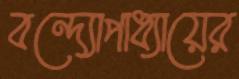
বন্দ্যোপাধ্যায়ের